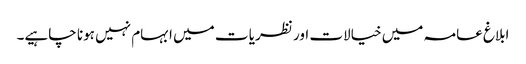
ابلاغ عامہ میں خیالات اور نظریا ت میں ابہام نہیں ہونا چاہیے۔